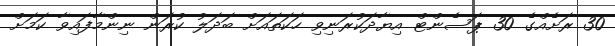
30 ރަށެއްގެ 30 ޕަސެންޓް އިޔާދަކުރަނިވި ހަކަތައަށް ބަދަލު ކުރަން ނިންމާފައިވާ ކަމަށް